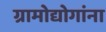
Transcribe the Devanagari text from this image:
ग्रामोद्योगांना